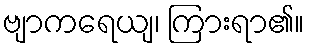
ဗျာကရေယျ၊ ကြားရာ၏။